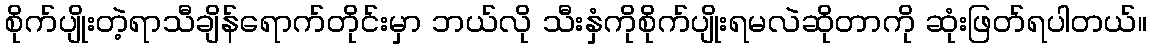
စိုက်ပျိုးတဲ့ရာသီချိန်ရောက်တိုင်းမှာ ဘယ်လို သီးနှံကိုစိုက်ပျိုးရမလဲဆိုတာကို ဆုံးဖြတ်ရပါတယ်။